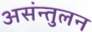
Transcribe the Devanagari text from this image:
असंन्तुलन